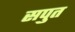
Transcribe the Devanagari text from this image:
सपुत